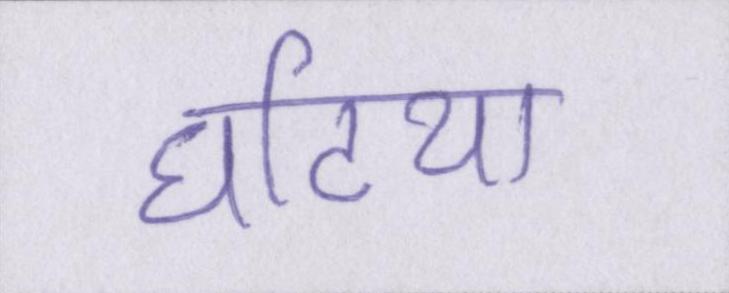
घटिया